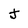
Character: J